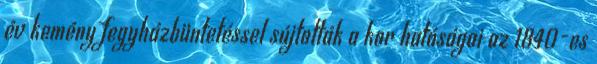
év kemény fegyházbüntetéssel sújtották a kor hatóságai az 1840-es